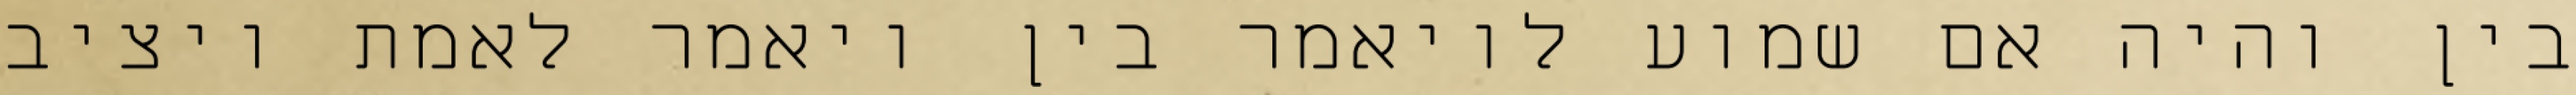
בין והיה אם שמוע לויאמר בין ויאמר לאמת ויציב